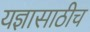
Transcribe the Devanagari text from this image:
यज्ञासाठीच